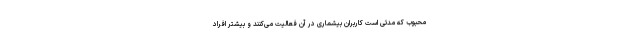
محبوب که مدتی است کاربران بیشماری در آن فعالیت می‌کنند و بیشتر افراد